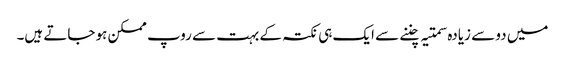
میں دو سے زیادہ سمتیہ چننے سے ایک ہی نکتہ کے بہت سے روپ ممکن ہو جاتے ہیں۔